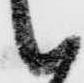
候